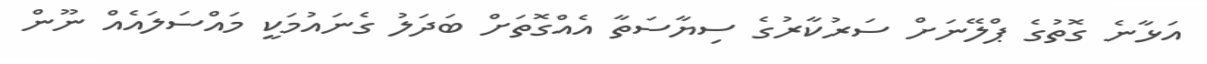
އަޅާނެ ގޮތުގެ ޕްލޭނަށް ސަރުކާރުގެ ސިޔާސަތާ އެއްގޮތަށް ބަދަލު ގެނައުމަކީ މައްސަލައެއް ނޫން